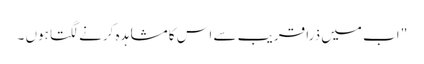
" اب میں ذرا قریب سے اس کا مشاہدہ کرنے لگتا ہوں ۔